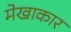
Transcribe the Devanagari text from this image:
मेखाकार